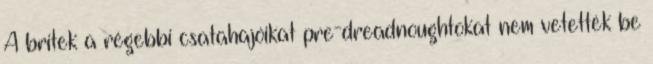
A britek a régebbi csatahajóikat pre-dreadnoughtokat nem vetették be